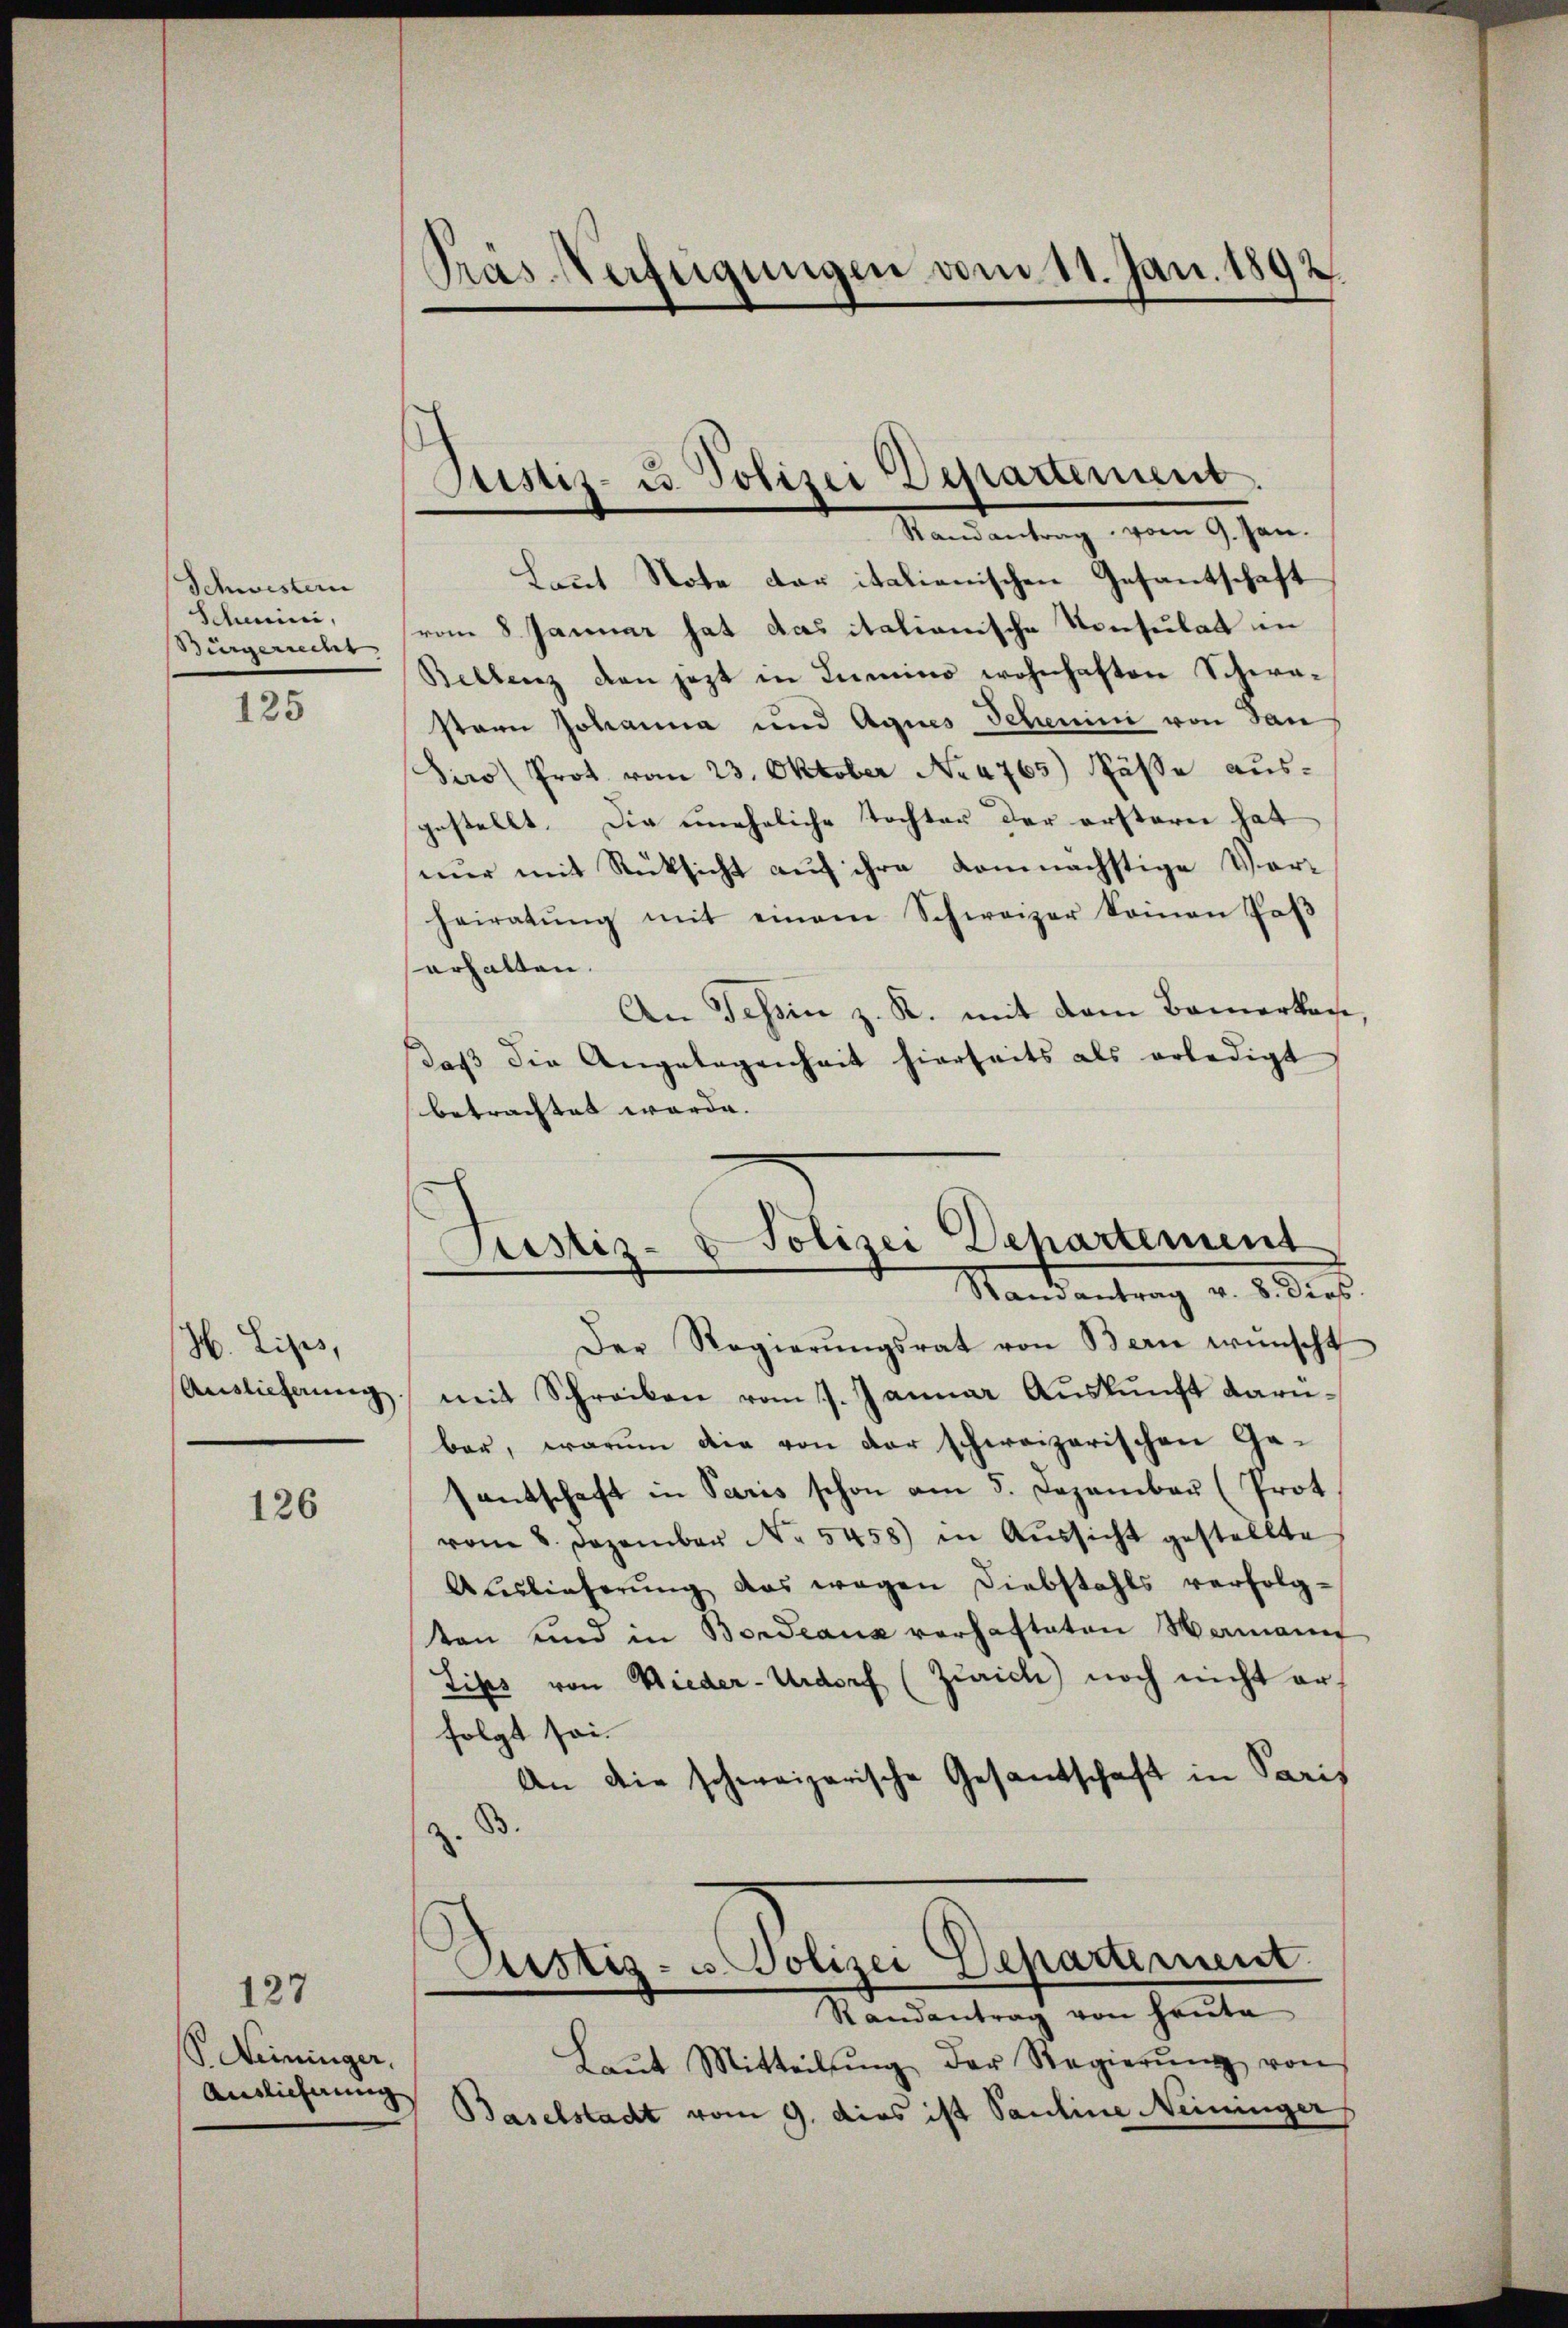
Schwistern
Schwieri,
Bürgerrecht

125

H. Lips,
Auslicherung.

126

127

V. Neininger,
Auslicherung

Trässerfügungen vom 11. Jan. 1892.

Justiz- u. Polizei Departement.
Randantrag vom 9. Jan.

Lant Note der italienischen Gesantschaft
vom 8. Januar hat das italionische Konsulat in
Bellenz den jezt in Lumino wohnhaften Schwastarn Johanna und Agnes Schenini von dan
Siro (Prot. vom 23. Oktober No 4765) Käse ausgestellt. Die uneheliche Tochter der erstern hat
nur mit Rücksicht auf ihre komnächstige Vorheiratŭng mit einem Schweizer Somon Paβ
erhalten.
An Tessin z. R. mit dem Bemerken,
daß die Angelegenheit hierseits als erledigt
betrachtet werde. |

Justiz- & Polizei Departement
Stand entrag v. M. er

Justiz- u. Polizei Departement.
Randantrag von heŭte

Der Regierŭngsrat von Bern wünscht
mit Schreiben vom 7. Januar Auskunft darübar, warum die von der schweizerischen Gesantschaft in Paris schon am 5. Dezember (Prot
vom 8. Dezember No. 5458) in Aŭssicht gestellte
Auslieferŭng das wegen Diebstahls verfolg-
ten und in Bordeaux verhafteten Wermann
Lipts von Wieder-Urdorf (Zürich) noch nicht er-
folgt sei.
An die schweizerische Gesandtschaft in Paris
B.

Laŭt Mitteilŭng der Regierŭng von
Baselstadt vom 9. dies ist Pauline Neininger